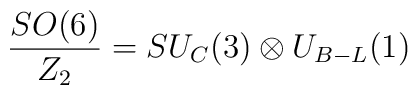
\frac{SO(6)}{Z_2}= SU_C(3)\otimes U_{B-L}(1)